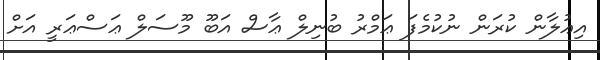
އިޢުލާން ކުރަން ނުކުމެފަ ޢަމްރު ބުނިލް ޢާސް އަބޫ މޫސަލް ޢަސްޢަރީ އަށް